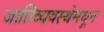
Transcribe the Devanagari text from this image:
जातिव्यवस्थेमधून